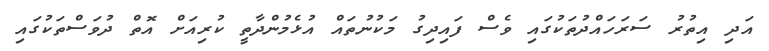
އަދި އިތުރު ސަރަހައްދުތަކުގައި ވެސް ފައިދިގު މަކުނުތައް އުޅެމުންދާތީ ކުރިއަށް އޮތް ދުވަސްތަކުގައި